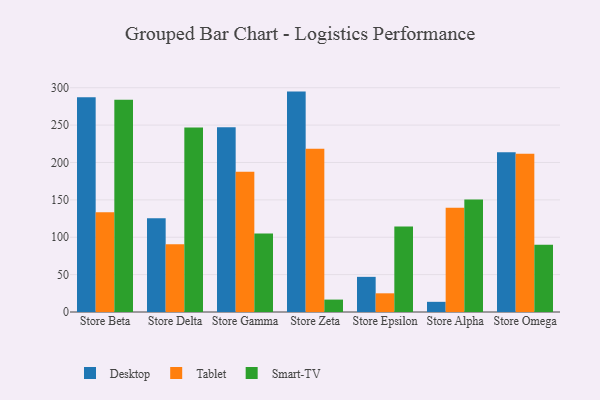
{"axis": {"x": "Store", "y": "Waste Production (Tons)"}, "legend": ["Desktop", "Smart-TV", "Tablet"], "data": [{"x": "Store Beta", "y": 287.2, "type": "Desktop"}, {"x": "Store Beta", "y": 133.4, "type": "Tablet"}, {"x": "Store Beta", "y": 283.8, "type": "Smart-TV"}, {"x": "Store Delta", "y": 125.4, "type": "Desktop"}, {"x": "Store Delta", "y": 90.7, "type": "Tablet"}, {"x": "Store Delta", "y": 246.9, "type": "Smart-TV"}, {"x": "Store Gamma", "y": 247.2, "type": "Desktop"}, {"x": "Store Gamma", "y": 187.6, "type": "Tablet"}, {"x": "Store Gamma", "y": 105.0, "type": "Smart-TV"}, {"x": "Store Zeta", "y": 294.8, "type": "Desktop"}, {"x": "Store Zeta", "y": 218.2, "type": "Tablet"}, {"x": "Store Zeta", "y": 16.6, "type": "Smart-TV"}, {"x": "Store Epsilon", "y": 47.0, "type": "Desktop"}, {"x": "Store Epsilon", "y": 25.0, "type": "Tablet"}, {"x": "Store Epsilon", "y": 114.3, "type": "Smart-TV"}, {"x": "Store Alpha", "y": 13.6, "type": "Desktop"}, {"x": "Store Alpha", "y": 139.4, "type": "Tablet"}, {"x": "Store Alpha", "y": 150.4, "type": "Smart-TV"}, {"x": "Store Omega", "y": 213.6, "type": "Desktop"}, {"x": "Store Omega", "y": 211.6, "type": "Tablet"}, {"x": "Store Omega", "y": 89.9, "type": "Smart-TV"}]}